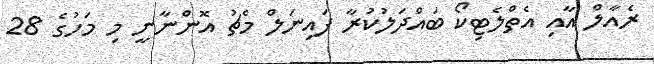
ރެއާލް އާއި އެތްލެޓިކޯ ބައްދަލުކުރާ ފައިނަލް މެޗު އޮންނާނީ މި މަހުގެ 28